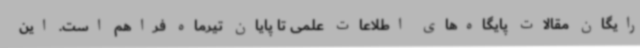
رایگان مقالات پایگاه‌های اطلاعات علمی تا پایان تیرماه فراهم است. این